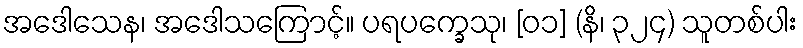
အဒေါသေန၊ အဒေါသကြောင့်။ ပရပက္ခေသု၊ [၀၁] (နိ၊ ၃၂၄) သူတစ်ပါး